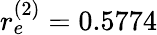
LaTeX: r_{e}^{(2)}=0.5774